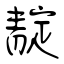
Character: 靛